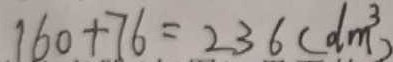
1 6 0 + 7 6 = 2 3 6 ( d m ^ { 3 } )